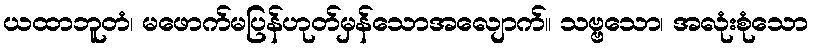
ယထာဘူတံ၊ မဖောက်မပြန်ဟုတ်မှန်သောအလျောက်။ သဗ္ဗသော၊ အလုံးစုံသော